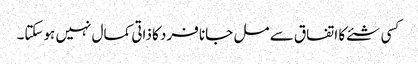
کسی شئے کا اتفاق سے مل جانا فرد کا ذاتی کمال نہیں ہوسکتا۔